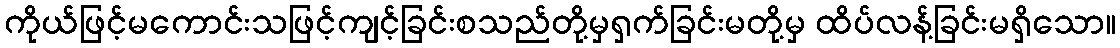
ကိုယ်ဖြင့်မကောင်းသဖြင့်ကျင့်ခြင်းစသည်တို့မှရှက်ခြင်းမတို့မှ ထိပ်လန့်ခြင်းမရှိသော။